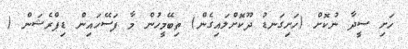
ހަށި ސީދާ ނުކޮށް (ހަށިގަނޑު ދޫކޮށްލައިގެން) ތިބޭމީހުން މާ ފަސޭހައިން ޑިޕްރެޝަން (